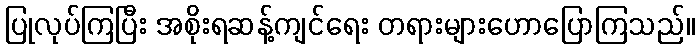
ပြုလုပ်ကြပြီး အစိုးရဆန့်ကျင်ရေး တရားများဟောပြောကြသည်။